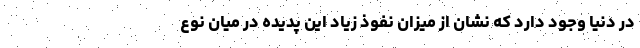
در دنیا وجود دارد که نشان از میزان نفوذ زیاد این پدیده در میان نوع